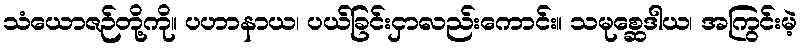
သံယောဇဉ်တို့ကို။ ပဟာနာယ၊ ပယ်ခြင်းငှာလည်းကောင်း။ သမုစ္ဆေဒါယ၊ အကြွင်းမဲ့